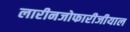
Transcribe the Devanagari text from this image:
लारीनजोफारीजीयाल